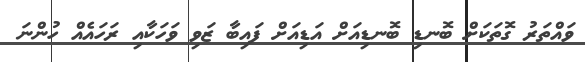
ވައްތަރު ގޮތަކަށް ބޮނޑި ބޮނޑިއަށް އަޑިއަށް ފައިބާ ޒަވި ވަހަކާއި ރަހައެއް ހުންނަ